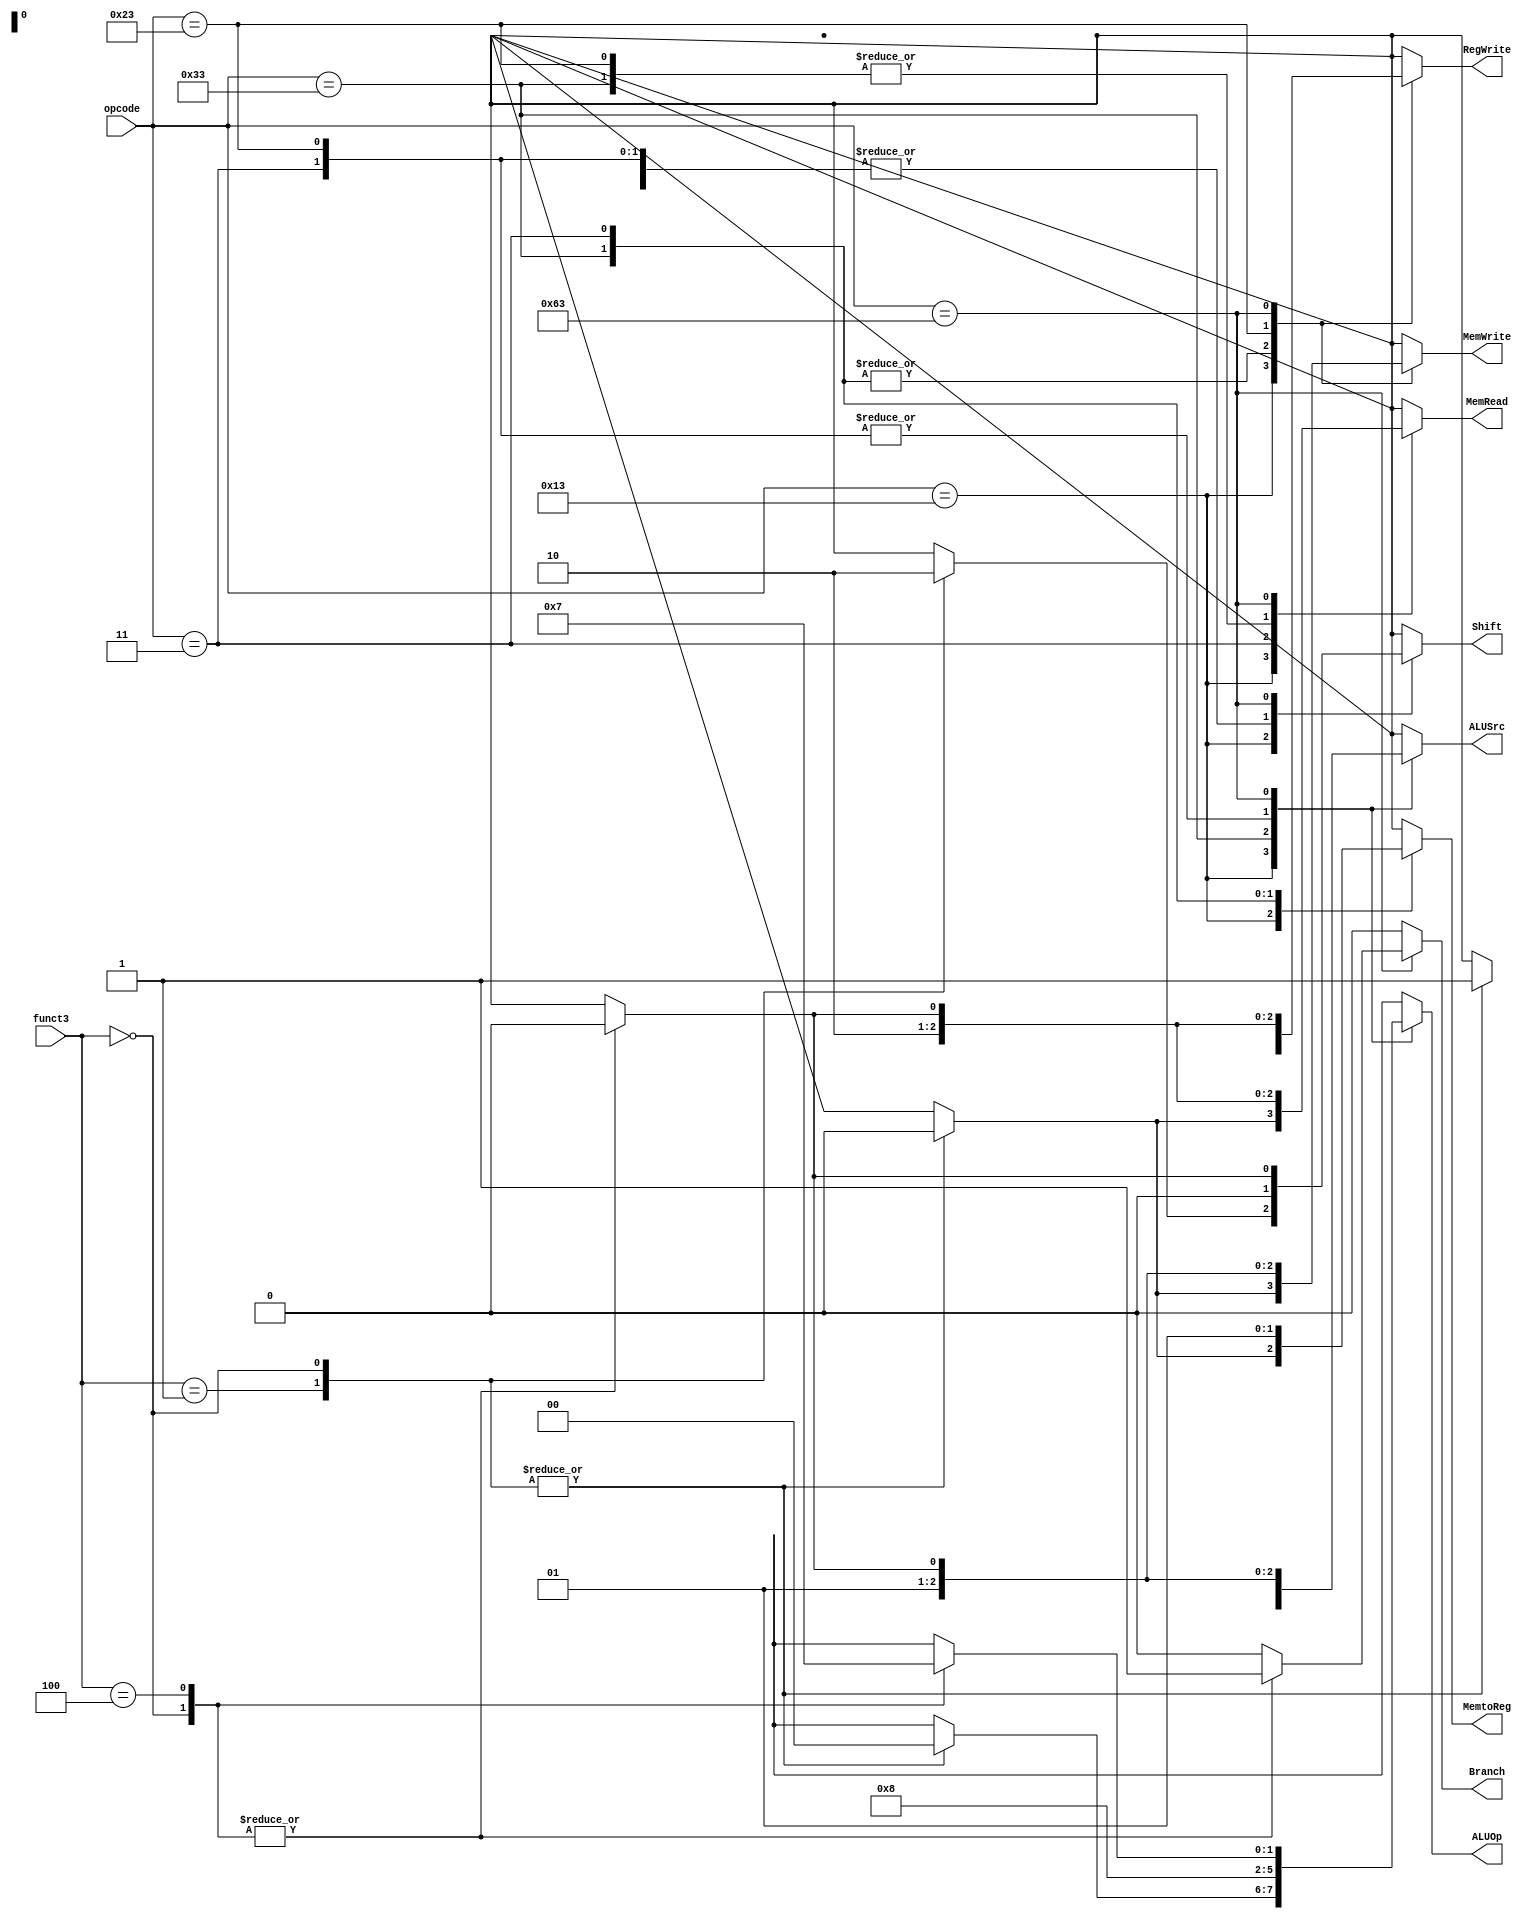
`timescale 1ns / 1ps
//////////////////////////////////////////////////////////////////////////////////
// Company: 
// Engineer: 
// 
// Design Name: 
// Module Name: Control_Unit
// Project Name: 
// Target Devices: 
// Tool Versions: 
// Description: 
// 
// Dependencies: 
// 
// Revision:
// Revision 0.01 - File Created
// Additional Comments:
// 
//////////////////////////////////////////////////////////////////////////////////

module Control_Unit
(
	input [6:0] opcode, 
	input [2:0] funct3,
	output reg Branch, MemRead, MemtoReg, MemWrite, ALUSrc, RegWrite, Shift,
	output reg [1:0] ALUOp
);

	always @ (opcode or funct3)
	begin
		case (opcode)
			7'b0010011: //slli
				case(funct3)
				3'b001: //slli				
					begin
						Branch = 0;
						MemRead = 0;
						MemtoReg = 0;
						MemWrite = 0;
						ALUSrc = 1;
						RegWrite = 1;
						ALUOp = 2'b00;
						Shift = 1;
					end
				3'b000: //addi
					begin
						Branch = 0;
						MemRead = 0;
						MemtoReg = 0;
						MemWrite = 0;
						ALUSrc = 1;
						RegWrite = 1;
						ALUOp = 2'b00;
						Shift = 0;
					end
				default:
					begin
						Branch = 1'b0;
						MemRead = 1'bx;
						MemtoReg = 1'bx;
						MemWrite = 1'bx;
						ALUSrc = 1'bx;
						RegWrite = 1'bx;
						ALUOp = 2'bx;
						Shift = 1'bx;
		        	end
				endcase
			7'b0110011: //R type
				begin
					Branch = 0;
					MemRead = 0;
					MemtoReg = 0;
					MemWrite = 0;
					ALUSrc = 0;
					RegWrite = 1;
					ALUOp = 2'b10;
					Shift = 0;
				end
			7'b0000011: //ld
				begin
					Branch = 0;
					MemRead = 1;
					MemtoReg = 1;
					MemWrite = 0;
					ALUSrc = 1;
					RegWrite = 1;
					ALUOp = 2'b00;
					Shift = 0;
				end
			7'b0100011: // I type SD
				begin
					Branch = 0;
					MemRead = 0;
					MemtoReg = 1'bx;
					MemWrite = 1;
					ALUSrc = 1;
					RegWrite = 0;
					ALUOp = 2'b00;
					Shift = 0;
				end
			7'b1100011:  //SB branch
				case(funct3)
				3'b000: //beq
					begin
						Branch = 1;
						MemRead = 0;
						MemtoReg = 1'bx;
						MemWrite = 0;
						ALUSrc = 0;
						RegWrite = 0;
						ALUOp = 2'b01;
						Shift = 0;
					end
				3'b100: //blt
					begin
						Branch = 1;
						MemRead = 0;
						MemtoReg = 1'bx;
						MemWrite = 0;
						ALUSrc = 0;
						RegWrite = 0;
						ALUOp = 2'b11;
						Shift = 0;
					end
				default:
					begin
						Branch = 1'b0;
						MemRead = 1'bx;
						MemtoReg = 1'bx;
						MemWrite = 1'bx;
						ALUSrc = 1'bx;
						RegWrite = 1'bx;
						ALUOp = 2'bx;
						Shift = 1'bx;
		        	end
				endcase
		    default:
		        begin
					Branch = 1'b0;
					MemRead = 1'bx;
					MemtoReg = 1'bx;
					MemWrite = 1'bx;
					ALUSrc = 1'bx;
					RegWrite = 1'bx;
					ALUOp = 2'bx;
					Shift = 1'bx;
		        end
		endcase
	end

endmodule